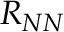
R _ { N N }